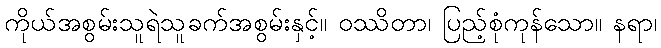
ကိုယ်အစွမ်းသူရဲသူခက်အစွမ်းနှင့်။ ဝဿိတာ၊ ပြည့်စုံကုန်သော။ နရာ၊